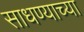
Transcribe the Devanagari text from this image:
साधण्याच्या